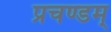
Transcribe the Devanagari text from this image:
प्रचण्डम्